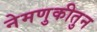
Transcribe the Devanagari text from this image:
नेमणुकीतुन